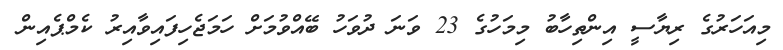
މިއަހަރުގެ ރިޔާސީ އިންތިހާބު މިމަހުގެ 23 ވަނަ ދުވަހު ބޭއްވުމަށް ހަމަޖެހިފައިވާއިރު ކެމްޕެއިން